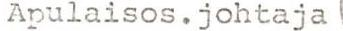
Apulaisos.johtaja